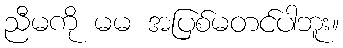
ညီမကို မမ အပြစ်မတင်ပါဘူး။